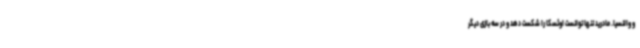
و والنسیا. مادرید تنها توانست اوئسکا را شکست دهد و در سه بازی دیگر